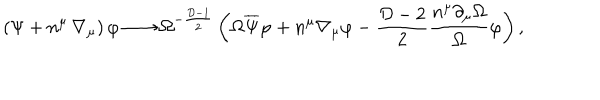
\left( \Psi + n ^ { \mu } \, \nabla _ { \mu } \right) \varphi \longrightarrow \Omega ^ { - { \frac { { \cal D } - 1 } { 2 } } } \left( \Omega \overline { { { \Psi } } } \varphi + n ^ { \mu } \nabla _ { \mu } \varphi - { \frac { { \cal D } - 2 } { 2 } } { \frac { n ^ { \mu } \partial _ { \mu } \Omega } { \Omega } } \varphi \right) ,